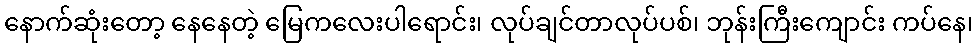
နောက်ဆုံးတော့ နေနေတဲ့ မြေကလေးပါရောင်း၊ လုပ်ချင်တာလုပ်ပစ်၊ ဘုန်းကြီးကျောင်း ကပ်နေ၊